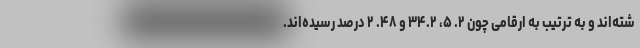
شته‌اند و به ترتیب به ارقامی چون ۲. ۵، ۳۴.۲ و ۴۸. ۲ درصد رسیده‌اند.